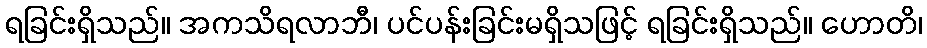
ရခြင်းရှိသည်။ အကသိရလာဘီ၊ ပင်ပန်းခြင်းမရှိသဖြင့် ရခြင်းရှိသည်။ ဟောတိ၊